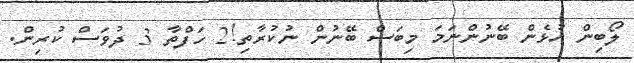
ލޯބިން އުޅެން ބޭނުންނަމަ މިބަސް ބޭނުން ނުކުރާތި!2 ހަފްތާ 3 ދުވަސް ކުރިން.